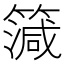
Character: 𥳒